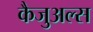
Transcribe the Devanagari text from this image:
कैजुअल्स